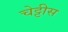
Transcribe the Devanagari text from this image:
चेट्टीस